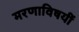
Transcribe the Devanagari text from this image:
मरणाविषयीं